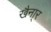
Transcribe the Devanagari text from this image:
खैना्र